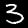
Digit: 3